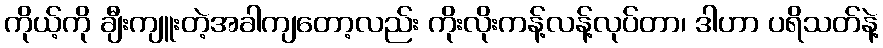
ကိုယ့်ကို ချီးကျူးတဲ့အခါကျတော့လည်း ကိုးလိုးကန့်လန့်လုပ်တာ၊ ဒါဟာ ပရိသတ်နဲ့